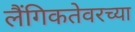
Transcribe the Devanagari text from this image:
लैंगिकतेवरच्या